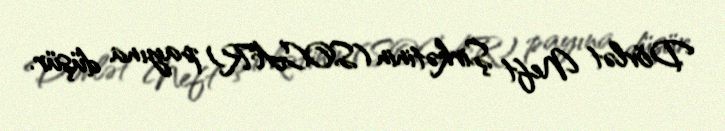
Dövlət Neft Şirkətinin (SOCAR) payına düşür.